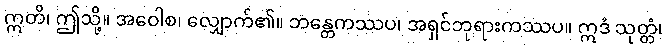
ဣတိ၊ ဤသို့။ အဝေါစ၊ လျှောက်၏။ ဘန္တေကဿပ၊ အရှင်ဘုရားကဿပ။ ဣဒံ သုတ္တံ၊